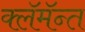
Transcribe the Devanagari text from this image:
क्लॅमॅन्त